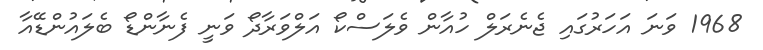
1968 ވަނަ އަހަރުގައި ޖެނެރަލް ހުއާން ވެލަސްކޯ އަލްވަރާދޯ ވަނީ ފެނާންޑޯ ބެލައުންޑޭއާ